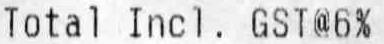
TOTAL INCL. GST@6%